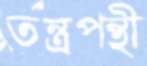
তন্ত্রপন্থী